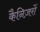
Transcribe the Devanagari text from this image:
कैनिज़रों